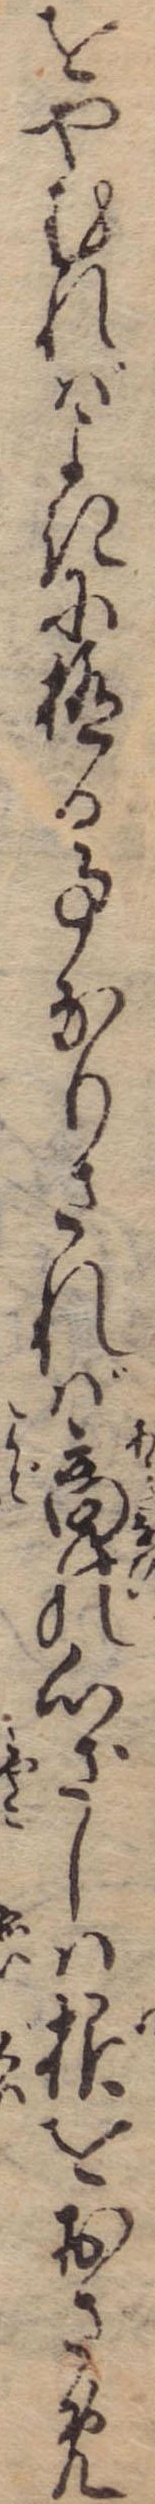
をやむればよきに極る事なりされば商の心ざしは根をおさめ